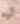
أوه